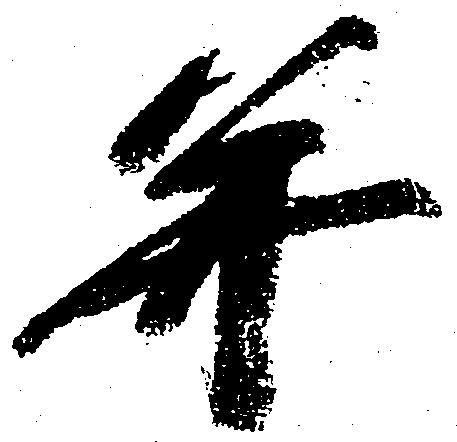
并